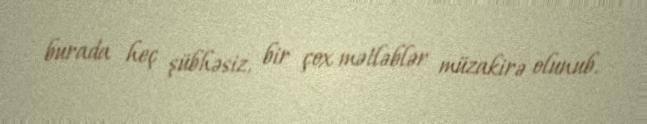
burada heç şübhəsiz, bir çox mətləblər müzakirə olunub.